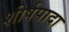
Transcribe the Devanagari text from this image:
शीर्षपादा